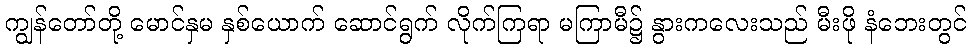
ကျွန်တော်တို့ မောင်နှမ နှစ်ယောက် ဆောင်ရွက် လိုက်ကြရာ မကြာမီ၌ နွားကလေးသည် မီးဖို နံဘေးတွင်